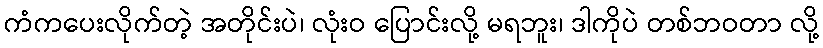
ကံကပေးလိုက်တဲ့ အတိုင်းပဲ၊ လုံးဝ ပြောင်းလို့ မရဘူး၊ ဒါကိုပဲ တစ်ဘဝတာ လို့